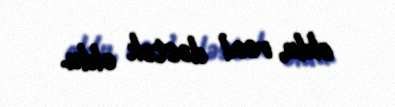
oldu, real dəstək oldu.